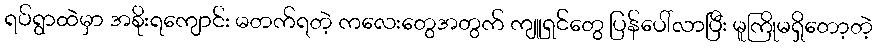
ရပ်ရွာထဲမှာ အစိုးရကျောင်း မတက်ရတဲ့ ကလေးတွေအတွက် ကျူရှင်တွေ ပြန်ပေါ်လာပြီး မူကြိုမရှိတော့တဲ့